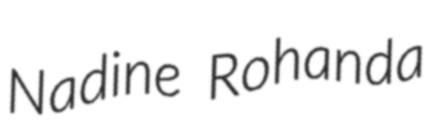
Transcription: Nadine Rohanda